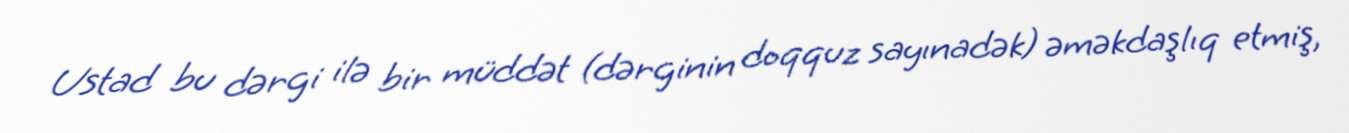
Ustad bu dərgi ilə bir müddət (dərginin doqquz sayınadək) əməkdaşlıq etmiş,